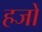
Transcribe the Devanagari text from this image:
हजों